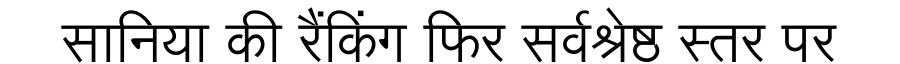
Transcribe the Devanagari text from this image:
सानिया की रैंकिंग फिर सर्वश्रेष्ठ स्तर पर